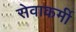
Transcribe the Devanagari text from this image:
सेवाकर्मी